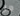
هل